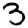
Digit: 3